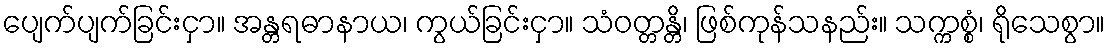
ပျေက်ပျက်ခြင်းငှာ။ အန္တရဓာနာယ၊ ကွယ်ခြင်းငှာ။ သံဝတ္တန္တိ၊ ဖြစ်ကုန်သနည်း။ သက္ကစ္စံ၊ ရိုသေစွာ။